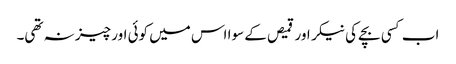
اب کسی بچے کی نیکر اور قمیص کے سوا اس میں کوئی اور چیز نہ تھی۔